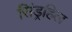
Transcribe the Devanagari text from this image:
सिंड्रहिल